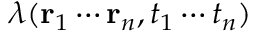
\lambda ( \mathbf { r } _ { 1 } \cdots \mathbf { r } _ { n } , t _ { 1 } \cdots t _ { n } )